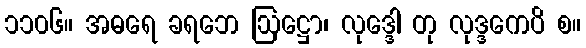
၁၁၀၆။ အဓရေ ခရဘေ ဩဋ္ဌော၊ လုဒ္ဒေါ တု လုဒ္ဒကေပိ စ။